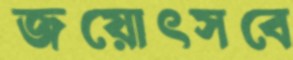
জয়োৎসবে